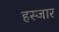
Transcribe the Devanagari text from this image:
हस्जार